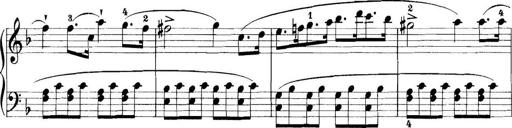
Title: 11 Sonatinas
Composer: Anton Diabelli